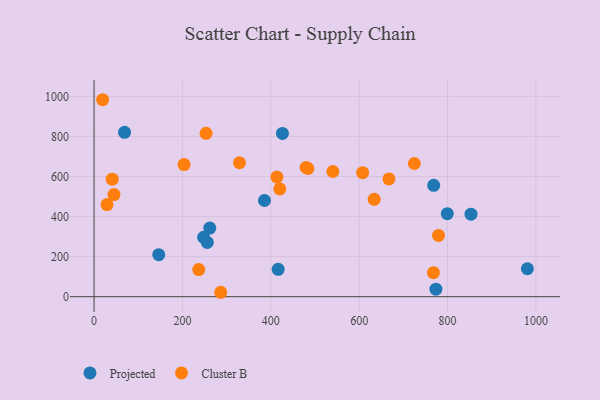
{"axis": {"x": "Experience", "y": "Demand"}, "legend": ["Cluster B", "Projected"], "data": [{"x": "768.7", "y": 555.9, "type": "Projected"}, {"x": "853.1", "y": 412.1, "type": "Projected"}, {"x": "980.7", "y": 139.6, "type": "Projected"}, {"x": "256.3", "y": 271.2, "type": "Projected"}, {"x": "426.3", "y": 815.3, "type": "Projected"}, {"x": "385.7", "y": 480.2, "type": "Projected"}, {"x": "261.9", "y": 342.7, "type": "Projected"}, {"x": "799.4", "y": 414.7, "type": "Projected"}, {"x": "69.0", "y": 820.4, "type": "Projected"}, {"x": "146.4", "y": 210.0, "type": "Projected"}, {"x": "248.0", "y": 296.6, "type": "Projected"}, {"x": "773.7", "y": 37.7, "type": "Projected"}, {"x": "416.7", "y": 136.7, "type": "Projected"}, {"x": "779.6", "y": 305.7, "type": "Cluster B"}, {"x": "203.7", "y": 659.4, "type": "Cluster B"}, {"x": "237.0", "y": 135.4, "type": "Cluster B"}, {"x": "479.9", "y": 645.3, "type": "Cluster B"}, {"x": "329.1", "y": 668.7, "type": "Cluster B"}, {"x": "420.4", "y": 538.3, "type": "Cluster B"}, {"x": "607.9", "y": 619.2, "type": "Cluster B"}, {"x": "19.4", "y": 983.4, "type": "Cluster B"}, {"x": "724.9", "y": 665.1, "type": "Cluster B"}, {"x": "29.4", "y": 460.1, "type": "Cluster B"}, {"x": "667.4", "y": 587.8, "type": "Cluster B"}, {"x": "484.0", "y": 640.1, "type": "Cluster B"}, {"x": "286.7", "y": 22.1, "type": "Cluster B"}, {"x": "41.0", "y": 586.8, "type": "Cluster B"}, {"x": "413.9", "y": 597.0, "type": "Cluster B"}, {"x": "634.0", "y": 486.1, "type": "Cluster B"}, {"x": "253.5", "y": 815.6, "type": "Cluster B"}, {"x": "540.5", "y": 625.0, "type": "Cluster B"}, {"x": "768.1", "y": 120.0, "type": "Cluster B"}, {"x": "45.1", "y": 509.9, "type": "Cluster B"}]}